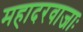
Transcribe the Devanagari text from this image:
महादरवाजाः